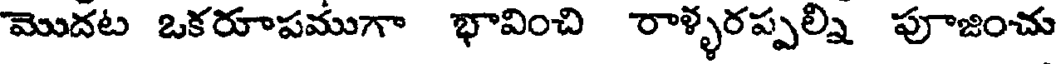
మొదట ఒకరూపముగా భావించి రాళ్ళరప్పల్ని పూజించు